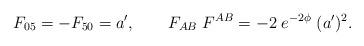
LaTeX: \begin{align*}F_{05} = - F_{50} = a',\qquad F_{AB} \; F^{AB} = -2 \; e^{-2\phi} \; (a')^2.\end{align*}